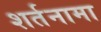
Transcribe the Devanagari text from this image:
शर्तनामा